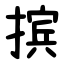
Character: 摈